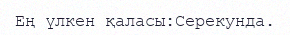
Ең үлкен қаласы:Серекунда.